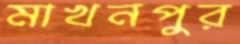
মাখনপুর